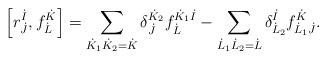
LaTeX: \begin{align*}\left[ r^{\dot{I}}_{\dot{J}}, f^{\dot{K}}_{\dot{L}} \right] = \sum_{\dot{K}_1 \dot{K}_2 = \dot{K}} \delta^{\dot{K}_2}_{\dot{J}} f^{\dot{K}_1 \dot{I}}_{\dot{L}} - \sum_{\dot{L}_1 \dot{L}_2 = \dot{L}} \delta^{\dot{I}}_{\dot{L}_2} f^{\dot{K}}_{\dot{L}_1 \dot{J}}.\end{align*}